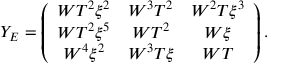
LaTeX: Y _ { E } = \left( \begin{array} { c c c } { { W T ^ { 2 } \xi ^ { 2 } } } & { { W ^ { 3 } T ^ { 2 } } } & { { W ^ { 2 } T \xi ^ { 3 } } } \\ { { W T ^ { 2 } \xi ^ { 5 } } } & { { W T ^ { 2 } } } & { { W \xi } } \\ { { W ^ { 4 } \xi ^ { 2 } } } & { { W ^ { 3 } T \xi } } & { { W T } } \end{array} \right) .